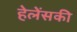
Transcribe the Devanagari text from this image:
हेलेंसकी